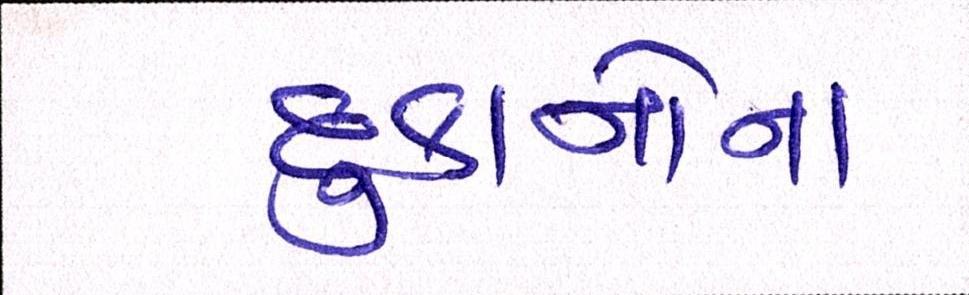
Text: દુકાનોના